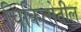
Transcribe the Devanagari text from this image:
चिकित्सेतील